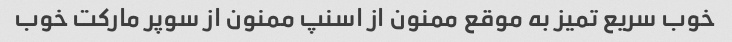
خوب سریع تمیز به موقع ممنون از اسنپ ممنون از سوپر مارکت خوب